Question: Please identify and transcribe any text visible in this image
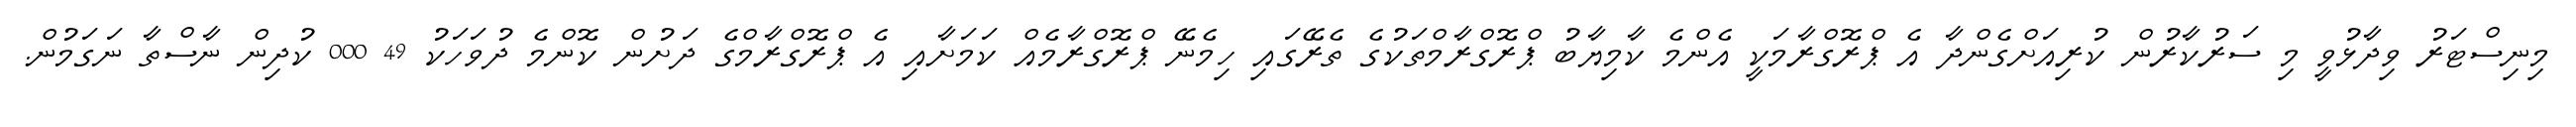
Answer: މިނިސްޓަރު ވިދާޅުވީ މި ސަރުކާރުން ކުރިއަށްގެންދާ އެ ޕްރޮގްރާމަކީ އެންމެ ކާމިޔާބު ޕްރޮގްރާމްތަކުގެ ތެރޭގައި ހިމެނޭ ޕްރޮގްރާމެއް ކަމަށާއި އެ ޕްރޮގްރާމްގެ ދަށުން ކޮންމެ ދުވަހަކު 49 000 ކުދިން ނާސްތާ ނަގަމުން.